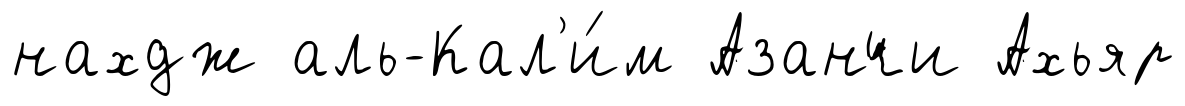
нахдж аль-Кал'и́м Азанчи Ахьяр